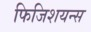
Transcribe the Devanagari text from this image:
फिजिशयन्स